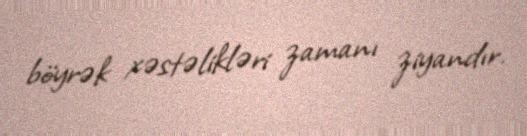
böyrək xəstəlikləri zamanı ziyandır.